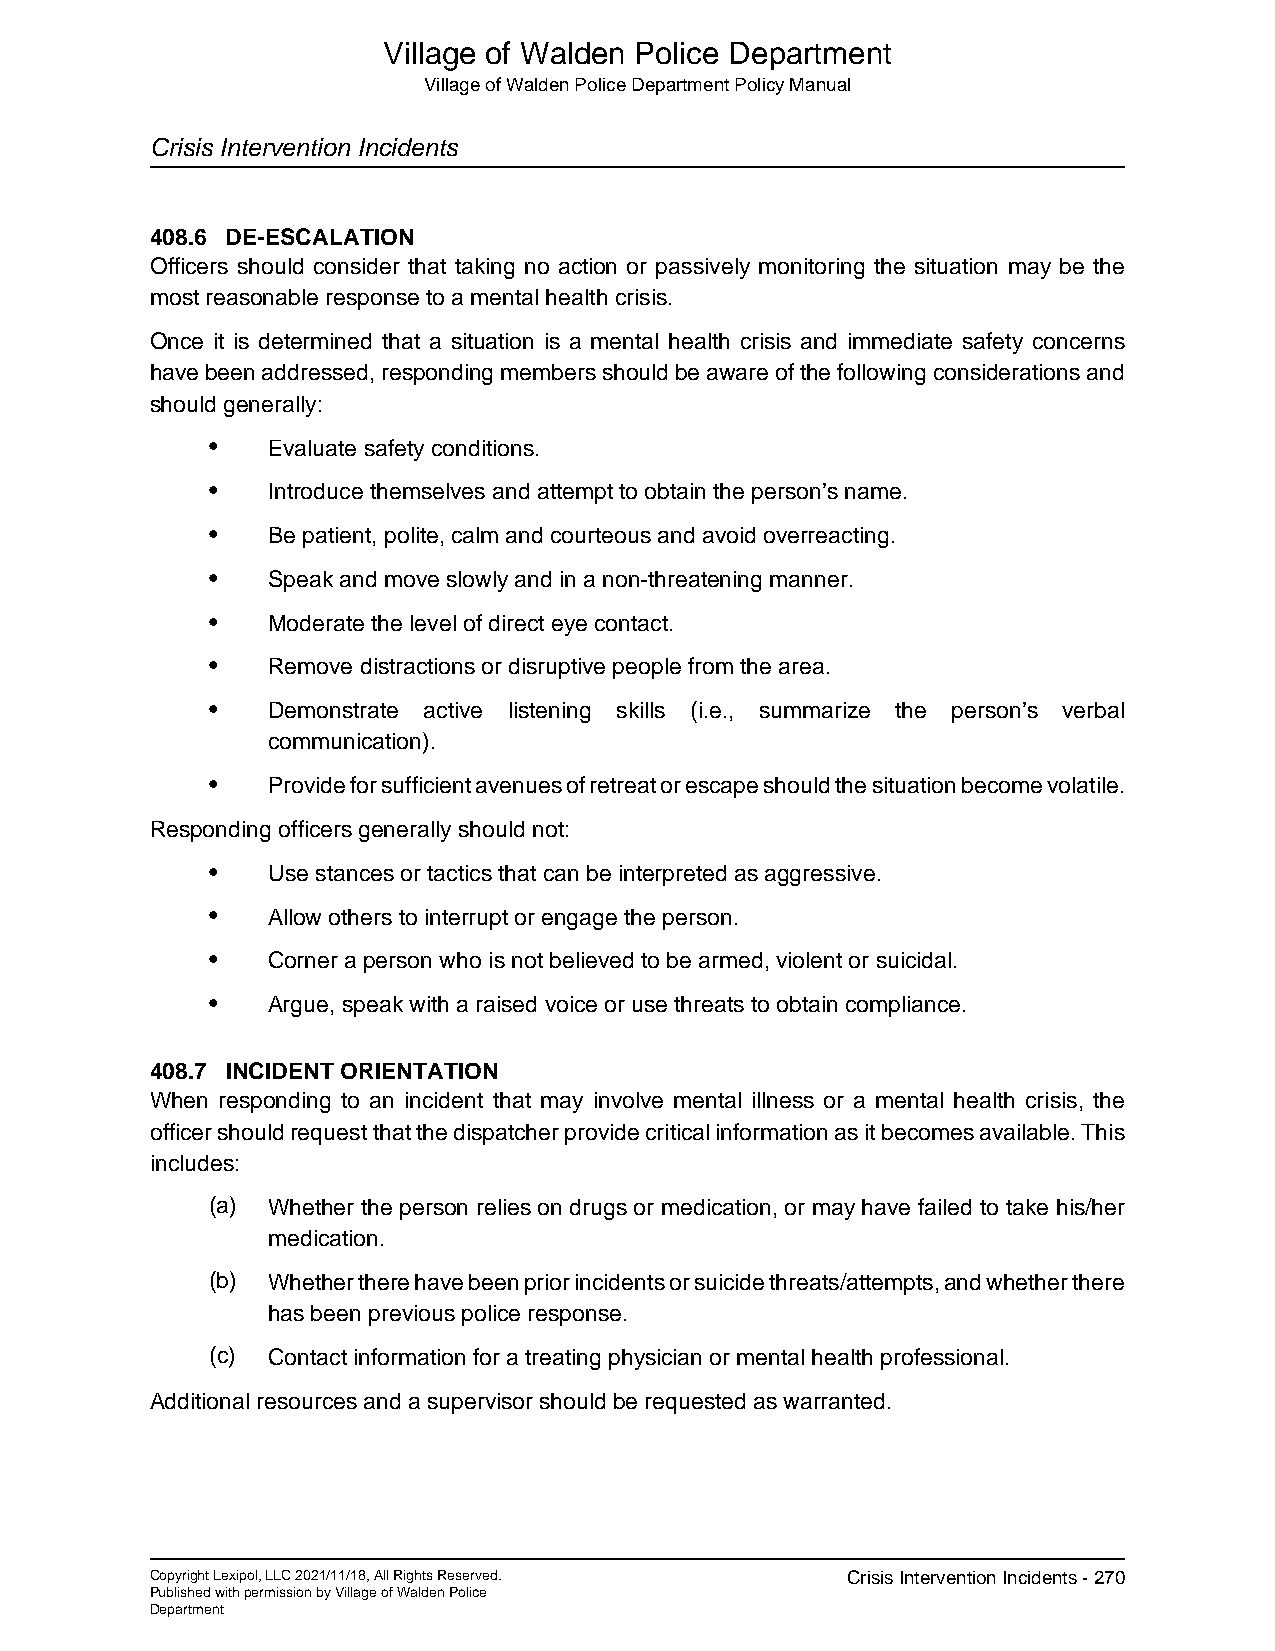
Village of Walden Police Department
 Village of Walden Police Department Policy Manual
 Crisis Intervention Incidents
 408.6 DE-ESCALATION
 Officers should consider that taking no action or passively monitoring the situation may be the
 most reasonable response to a mental health crisis.
 Once it is determined that a situation is a mental health crisis and immediate safety concerns
 have been addressed, responding members should be aware of the following considerations and
 should generally:
 •   Evaluate safety conditions.
 •   Introduce themselves and attempt to obtain the person’s name.
 •   Be patient, polite, calm and courteous and avoid overreacting.
 •   Speak and move slowly and in a non-threatening manner.
 •   Moderate the level of direct eye contact.
 •   Remove distractions or disruptive people from the area.
 •   Demonstrate active listening skills (i.e., summarize the person’s verbal
 communication).
 •   Provide for sufficient avenues of retreat or escape should the situation become volatile.
 Responding officers generally should not:
 •   Use stances or tactics that can be interpreted as aggressive.
 •   Allow others to interrupt or engage the person.
 •   Corner a person who is not believed to be armed, violent or suicidal.
 •   Argue, speak with a raised voice or use threats to obtain compliance.
 408.7 INCIDENT ORIENTATION
 When responding to an incident that may involve mental illness or a mental health crisis, the
 officer should request that the dispatcher provide critical information as it becomes available. This
 includes:
 (a) Whether the person relies on drugs or medication, or may have failed to take his/her
 medication.
 (b) Whether there have been prior incidents or suicide threats/attempts, and whether there
 has been previous police response.
 (c) Contact information for a treating physician or mental health professional.
 Additional resources and a supervisor should be requested as warranted.
 Copyright Lexipol, LLC 2021/11/18, All Rights Reserved. Crisis Intervention Incidents - 270
 Published with permission by Village of Walden Police
 Department